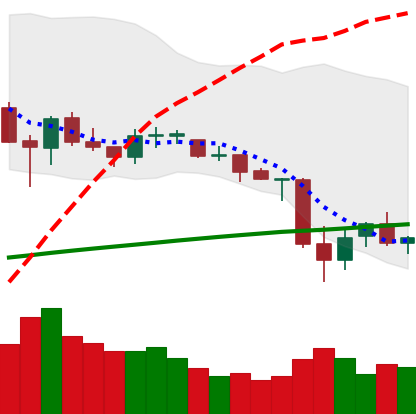
Ticker: ETC-USD
Chart end date: 2021-06-26
Forward return: 31.4%
Label: up_7plus